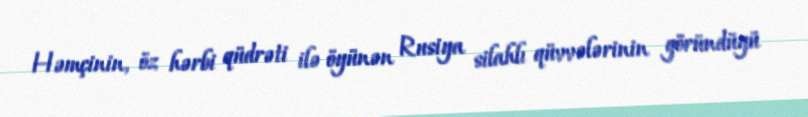
Həmçinin, öz hərbi qüdrəti ilə öyünən Rusiya silahlı qüvvələrinin göründüyü